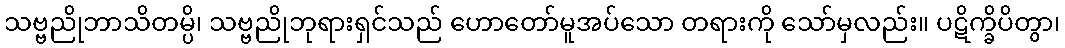
သဗ္ဗညိုဘာသိတမ္ပိ၊ သဗ္ဗညိုဘုရားရှင်သည် ဟောတော်မူအပ်သော တရားကို သော်မှလည်း။ ပဋိက္ခိပိတွာ၊